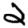
Digit: 2